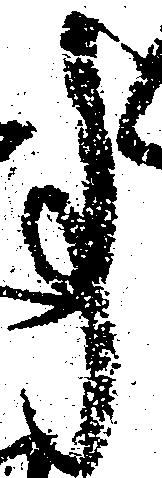
事